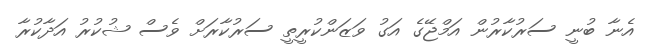
އެނާ ބުނީ ސަރުކާރުން އަމްޖޭގެ އަގު ވަޒަންކުރީތީ ސަރުކާރަށް ވެސް ޝުކުރު އަދާކުރާ